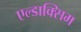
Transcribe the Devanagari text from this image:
एल्डाक्सिम